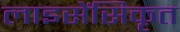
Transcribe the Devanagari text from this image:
लाइसेंसिकृत